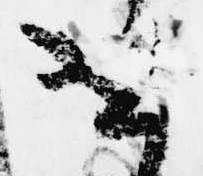
せ